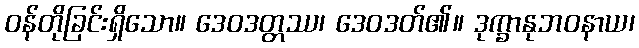
ဝန်တိုခြင်းရှိသော။ ဒေဝဒတ္တဿ၊ ဒေဝဒတ်၏။ ဒုက္ခာနုဘဝနာယ၊